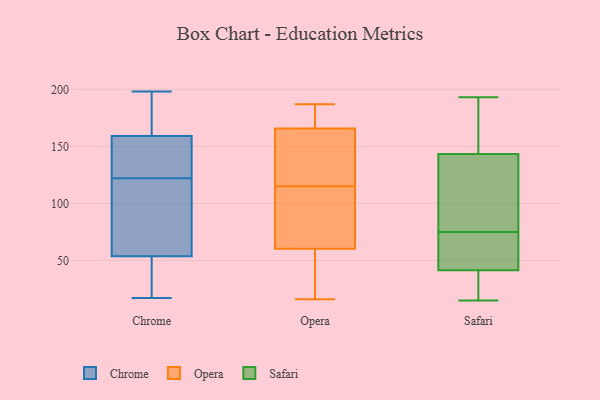
{"axis": {"x": "Tickets Resolved", "y": "Value"}, "legend": ["Chrome", "Opera", "Safari"], "data": [{"x": "", "y": 166, "type": "Chrome"}, {"x": "", "y": 59, "type": "Chrome"}, {"x": "", "y": 118, "type": "Chrome"}, {"x": "", "y": 52, "type": "Chrome"}, {"x": "", "y": 46, "type": "Chrome"}, {"x": "", "y": 161, "type": "Chrome"}, {"x": "", "y": 123, "type": "Chrome"}, {"x": "", "y": 122, "type": "Chrome"}, {"x": "", "y": 17, "type": "Chrome"}, {"x": "", "y": 198, "type": "Chrome"}, {"x": "", "y": 153, "type": "Chrome"}, {"x": "", "y": 171, "type": "Opera"}, {"x": "", "y": 70, "type": "Opera"}, {"x": "", "y": 115, "type": "Opera"}, {"x": "", "y": 17, "type": "Opera"}, {"x": "", "y": 141, "type": "Opera"}, {"x": "", "y": 101, "type": "Opera"}, {"x": "", "y": 150, "type": "Opera"}, {"x": "", "y": 27, "type": "Opera"}, {"x": "", "y": 124, "type": "Opera"}, {"x": "", "y": 187, "type": "Opera"}, {"x": "", "y": 183, "type": "Opera"}, {"x": "", "y": 184, "type": "Opera"}, {"x": "", "y": 57, "type": "Opera"}, {"x": "", "y": 70, "type": "Opera"}, {"x": "", "y": 16, "type": "Opera"}, {"x": "", "y": 59, "type": "Safari"}, {"x": "", "y": 19, "type": "Safari"}, {"x": "", "y": 32, "type": "Safari"}, {"x": "", "y": 159, "type": "Safari"}, {"x": "", "y": 134, "type": "Safari"}, {"x": "", "y": 138, "type": "Safari"}, {"x": "", "y": 160, "type": "Safari"}, {"x": "", "y": 83, "type": "Safari"}, {"x": "", "y": 175, "type": "Safari"}, {"x": "", "y": 193, "type": "Safari"}, {"x": "", "y": 15, "type": "Safari"}, {"x": "", "y": 75, "type": "Safari"}, {"x": "", "y": 67, "type": "Safari"}, {"x": "", "y": 52, "type": "Safari"}, {"x": "", "y": 43, "type": "Safari"}, {"x": "", "y": 37, "type": "Safari"}, {"x": "", "y": 90, "type": "Safari"}]}